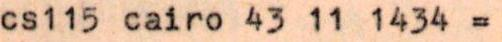
cs115 cairo 43 11 1434 =